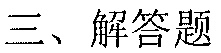
三、解答题